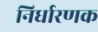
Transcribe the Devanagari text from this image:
निर्धारणक